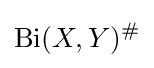
\mathrm {Bi} (X,Y)^{\#}